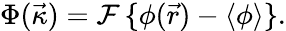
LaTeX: \Phi(\vec{\kappa})=\mathcal{F}\, \{ \phi(\vec{r})-\langle\phi\rangle\} .